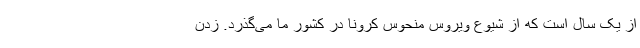
از یک سال است که از شیوع ویروس منحوس کرونا در کشور ما می‌گذرد. زدن